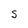
Character: S